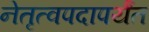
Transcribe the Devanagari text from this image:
नेतृत्वपदापर्यंत